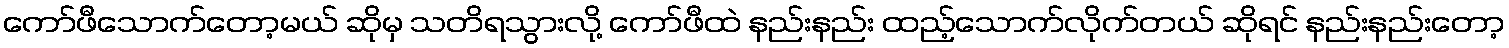
ကော်ဖီသောက်တော့မယ် ဆိုမှ သတိရသွားလို့ ကော်ဖီထဲ နည်းနည်း ထည့်သောက်လိုက်တယ် ဆိုရင် နည်းနည်းတော့